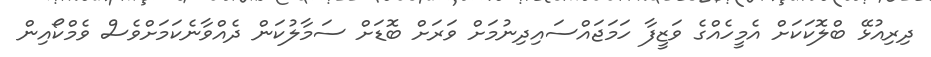
ދިރިއުޅޭ ބްލޮކަކަށް އެމީހެއްގެ ވަޒީފާ ހަމަޖައްސައިދިނުމަށް ވަރަށް ބޮޑަށް ސަމާލުކަން ދެއްވާނެކަމަށްވެސް ވެމްކޯއިން